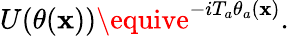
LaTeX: U(\theta(\mathbf{x}))\equive^{-iT_{a}\theta_{a}(\mathbf{x})}.